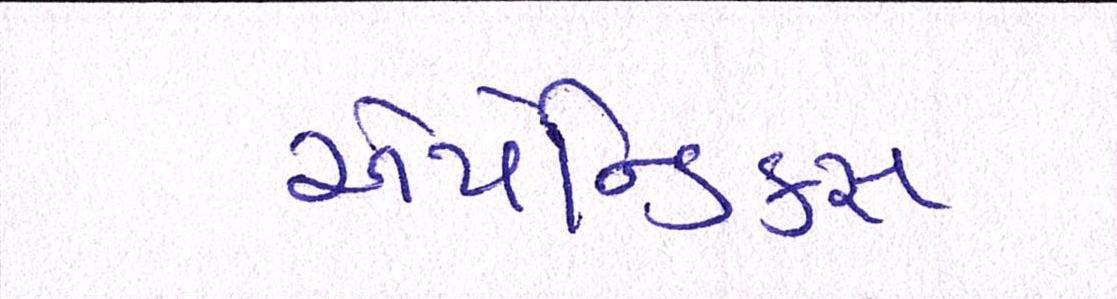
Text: એપેન્ડિક્સ